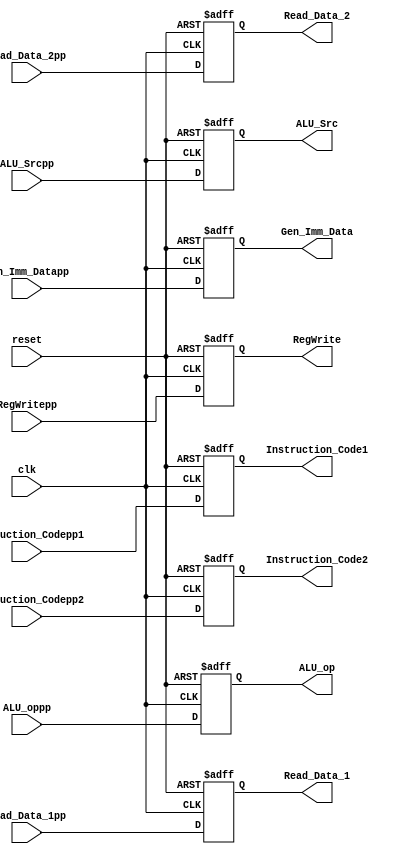
// ID/EX REGISTER FILE
// At every positive edge of the clock output signals for next stage
//Stores control signals for the next stages alongwith RegWrite

module ID_EX_Register_File(clk, reset, Read_Data_1pp,Read_Data_2pp,Gen_Imm_Datapp, Instruction_Codepp1,Instruction_Codepp2, RegWritepp, ALU_Srcpp, ALU_oppp, Read_Data_1,Read_Data_2,Gen_Imm_Data,Instruction_Code1,Instruction_Code2, RegWrite,ALU_Src,ALU_op);

//Declare inputs to the Unit
input clk;
input reset;
input [7:0] Read_Data_1pp;
input [7:0] Read_Data_2pp;
input [7:0] Gen_Imm_Datapp;
input [2:0] Instruction_Codepp1;
input [2:0] Instruction_Codepp2;
input RegWritepp;
input ALU_Srcpp;
input ALU_oppp;

//Declare Outputs
output [7:0] Read_Data_1;
output [7:0] Read_Data_2;
output [7:0] Gen_Imm_Data;
output [2:0] Instruction_Code1;
output [2:0] Instruction_Code2;
output RegWrite;
output ALU_Src;
output ALU_op;

//Declare latched signals
reg [7:0] R_Data_1;
reg [7:0] R_Data_2;
reg [7:0] Gen_Imm_Dat;
reg [2:0] Ins_Code1;
reg [2:0] Ins_Code2;
reg RW;
reg ALU_S;
reg ALU_o;

//Asynchronously read registers
assign Read_Data_1 = R_Data_1;
assign Read_Data_2 = R_Data_2;
assign Gen_Imm_Data = Gen_Imm_Dat;
assign Instruction_Code1 = Ins_Code1;
assign Instruction_Code2 = Ins_Code2;
assign RegWrite = RW;
assign ALU_Src = ALU_S;
assign ALU_op = ALU_o;

always @ (posedge clk or negedge reset)
begin
if(reset==0)
begin
	R_Data_1<=0;
	R_Data_2<=0;
	Gen_Imm_Dat<=0;
	Ins_Code1<=3'bzzz;
	Ins_Code2<=3'bzzz;
	RW<=0;
	ALU_S<=0;
	ALU_o<=0;
end
else
begin
	R_Data_1<=Read_Data_1pp;
	R_Data_2<=Read_Data_2pp;
	Gen_Imm_Dat<=Gen_Imm_Datapp;
	Ins_Code1<=Instruction_Codepp1;
	Ins_Code2<=Instruction_Codepp2;
	RW<=RegWritepp;
	ALU_S<=ALU_Srcpp;
	ALU_o<=ALU_oppp;
end
end

endmodule